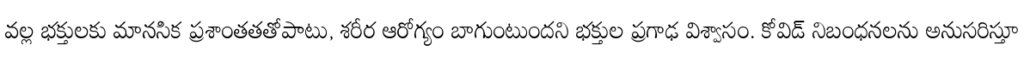
వల్ల భక్తులకు మానసిక ప్రశాంతతతోపాటు, శరీర ఆరోగ్యం బాగుంటుందని భక్తుల ప్రగాఢ విశ్వాసం. కోవిడ్ నిబంధనలను అనుసరిస్తూ